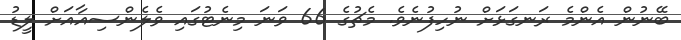
ބޭނުން އެންމެ ރަނގަޅަށް ނުހިފުނެވެ. މެޗުގެ 66 ވަނަ މިނެޓުގައި ވެލެންސިއާއަށް ލީޑު